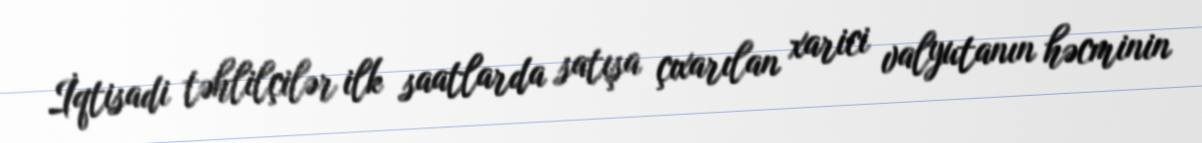
İqtisadi təhlilçilər ilk saatlarda satışa çıxarılan xarici valyutanın həcminin